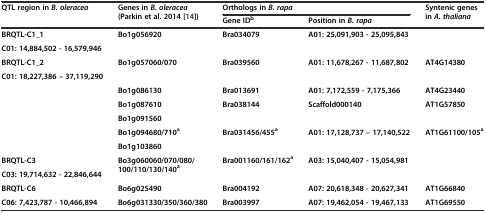
| <ROWSPAN=2> QTL region inB. oleracea | <ROWSPAN=2> Genes inB. oleracea(Parkin et al. 2014 [14]) | <COLSPAN=2> Orthologs inB. rapa | <ROWSPAN=2> Syntenic genes inA. thaliana |
 | Gene IDb | Position inB. rapa |
 | --- | --- | --- | --- | --- |
 | BRQTL-C1_1 | <ROWSPAN=2> Bo1g056920 | <ROWSPAN=2> Bra034079 | <ROWSPAN=2> A01: 25,091,903 - 25,095,843 | <ROWSPAN=2>  |
 | C01: 14,884,502 - 16,579,946 |
 | BRQTL-C1_2 | <ROWSPAN=2> Bo1g057060/070 | <ROWSPAN=2> Bra039560 | <ROWSPAN=2> A01: 11,678,267 - 11,687,802 | <ROWSPAN=2> AT4G14380 |
 | C01: 18,227,386 – 37,119,290 |
 |  | Bo1g086130 | Bra013691 | A01: 7,172,559 - 7,175,366 | AT4G23440 |
 |  | Bo1g087610 | Bra038144 | Scaffold000140 | AT1G57850 |
 |  | Bo1g091560 |  |  |  |
 |  | Bo1g094680/710a | Bra031456/455a | A01: 17,128,737 – 17,140,522 | AT1G61100/105a |
 |  | Bo1g103860 |  |  |  |
 | BRQTL-C3 | <ROWSPAN=2> Bo3g060060/070/080/100/110/130/140a | <ROWSPAN=2> Bra001160/161/162a | <ROWSPAN=2> A03: 15,040,407 - 15,054,981 | <ROWSPAN=2>  |
 | C03: 19,714,632 - 22,846,644 |
 | BRQTL-C6 | Bo6g025490 | Bra004192 | A07: 20,618,348 - 20,627,341 | AT1G66840 |
 | C06: 7,423,787 - 10,466,894 | Bo6g031330/350/360/380 | Bra003997 | A07: 19,462,054 - 19,467,133 | AT1G69550 |